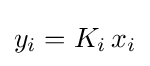
y_{i}=K_{i}\,x_{i}